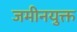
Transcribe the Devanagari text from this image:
जमीनयुक्त